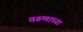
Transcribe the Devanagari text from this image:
तरूणाच्या